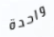
واحدة